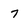
Character: 7